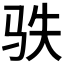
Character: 𩧭